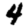
Digit: 4